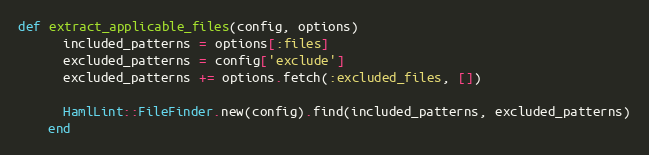
Language: Ruby
def extract_applicable_files(config, options)
      included_patterns = options[:files]
      excluded_patterns = config['exclude']
      excluded_patterns += options.fetch(:excluded_files, [])

      HamlLint::FileFinder.new(config).find(included_patterns, excluded_patterns)
    end